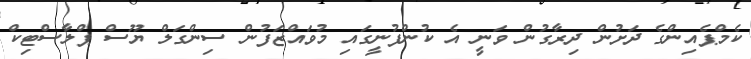
ކެމްޕެއިންގެ ދަށުން ދިރާގުން ވަނީ އެ ކުންފުނީގައި މުވައްޒަފުން ސިންގަލް ޔޫސް ޕްލާސްޓިކް